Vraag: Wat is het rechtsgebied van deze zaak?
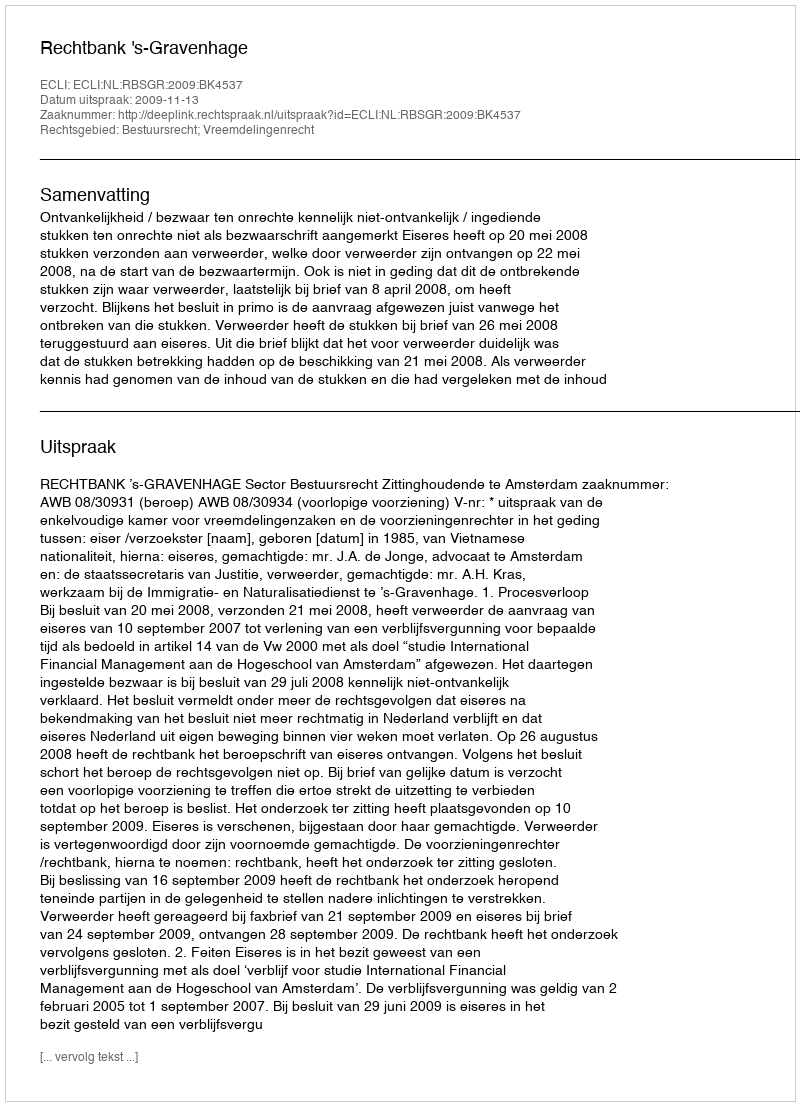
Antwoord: Bestuursrecht; Vreemdelingenrecht